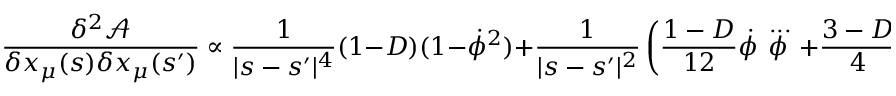
\frac { \delta ^ { 2 } \mathcal { A } } { \delta x _ { \mu } ( s ) \delta x _ { \mu } ( s ^ { \prime } ) } \propto \frac { 1 } { | s - s ^ { \prime } | ^ { 4 } } ( 1 - D ) ( 1 - \dot { \phi } ^ { 2 } ) + \frac { 1 } { | s - s ^ { \prime } | ^ { 2 } } \left( \frac { 1 - D } { 1 2 } \dot { \phi } \stackrel { { \, . . . } } { \phi } + \frac { 3 - D } { 4 } \ddot { \phi } ^ { 2 } \right) .